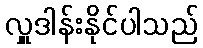
လှူဒါန်းနိုင်ပါသည်